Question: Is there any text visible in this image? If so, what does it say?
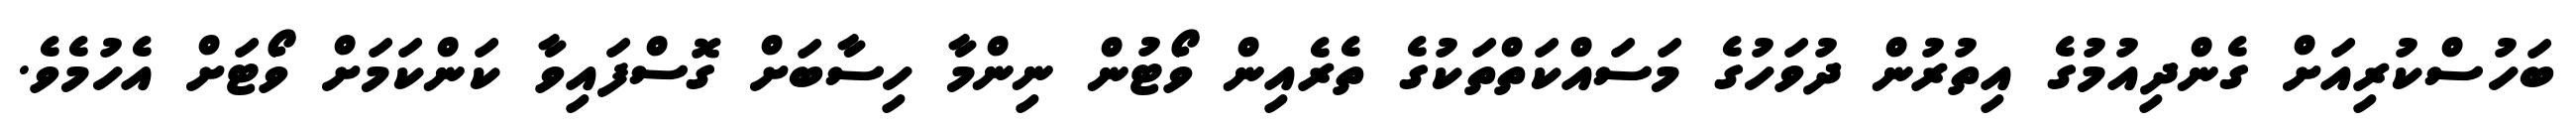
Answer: ބަހުސްކުރިއަށް ގެންދިއުމުގެ އިތުރުން ދުވަހުގެ މަސައްކަތްތަކުގެ ތެރެއިން ވޯޓުން ނިންމާ ހިސާބަށް ގޮސްފައިވާ ކަންކަމަށް ވޯޓަށް އެހުމެވެ.